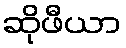
ဆိုဖီယာ